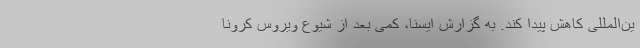
ین‌المللی کاهش پیدا کند. به گزارش ایسنا، کمی بعد از شیوع ویروس کرونا